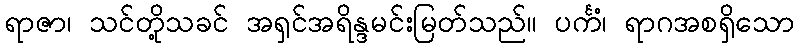
ရာဇာ၊ သင်တို့သခင် အရှင်အရိန္ဒမင်းမြတ်သည်။ ပင်္ကံ၊ ရာဂအစရှိသော